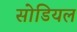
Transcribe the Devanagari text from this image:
सोडियल